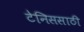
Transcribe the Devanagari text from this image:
टेनिससाठी